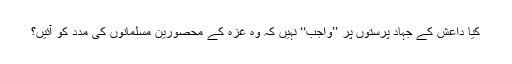
کیا داعش کے جہاد پرستوں پر ’’واجب‘‘ نہیں کہ وہ غزہ کے محصورین مسلمانوں کی مدد کو آئیں؟